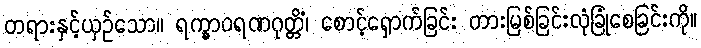
တရားနှင့်ယှဉ်သော။ ရက္ခာဝရဏဂုတ္တိံ၊ စောင့်ရှောက်ခြင်း တားမြစ်ခြင်းလုံခြုံစေခြင်းကို။